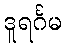
ဒူရင်္ဂမ